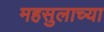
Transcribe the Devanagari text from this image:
महसुलाच्या